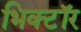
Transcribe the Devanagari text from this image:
भिक्टॉर